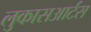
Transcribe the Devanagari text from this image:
लुकासआर्टस